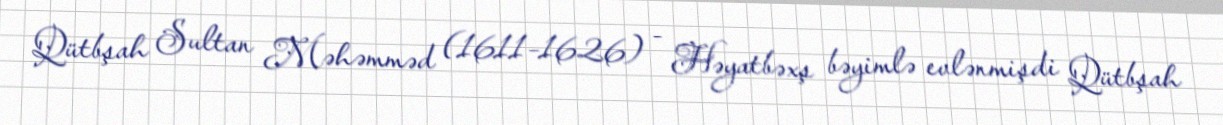
Qütbşah Sultan Məhəmməd (1611–1626) - Həyatbəxş bəyimlə evlənmişdi Qütbşah